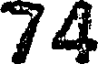
74